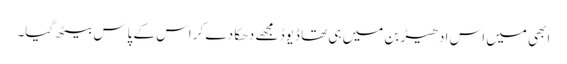
ابھی میں اس ادھیڑ بن میں ہی تھا ڈیوڈ مجھے دھکا دے کر اس کے پاس بیٹھ گیا۔